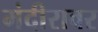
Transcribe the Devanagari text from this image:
मंदीरावर